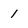
Character: 1